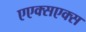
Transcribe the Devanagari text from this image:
एएक्सएक्स